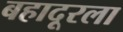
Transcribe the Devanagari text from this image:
बहादूरला